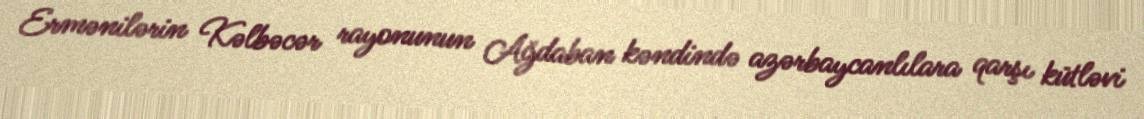
Ermənilərin Kəlbəcər rayonunun Ağdaban kəndində azərbaycanlılara qarşı kütləvi